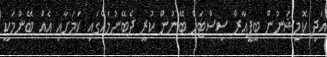
އަދި ކޮމިޝަނުން ބީޕީއާރް ސިސްޓަމް ބޭނުން ކުރީ ދެބޭނުމެއްގައި ކަމަށާއި އެއް ބޭނުމަކީ